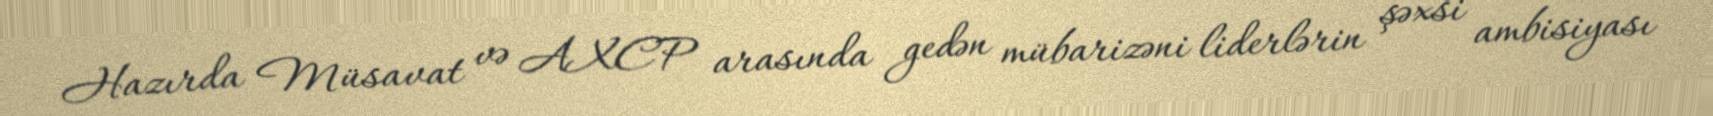
Hazırda Müsavat və AXCP arasında gedən mübarizəni liderlərin şəxsi ambisiyası